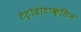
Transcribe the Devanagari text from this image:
टेट्रोडोटाक्सिन